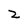
Character: z